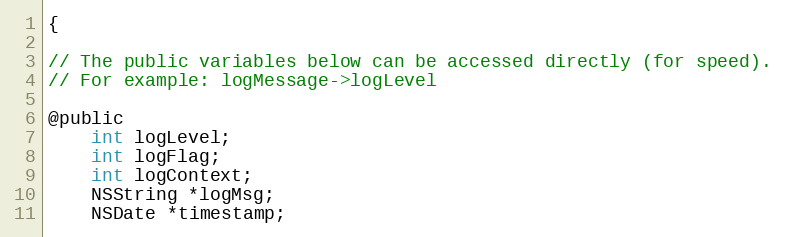
Language: C
{

// The public variables below can be accessed directly (for speed).
// For example: logMessage->logLevel

@public
    int logLevel;
    int logFlag;
    int logContext;
    NSString *logMsg;
    NSDate *timestamp;